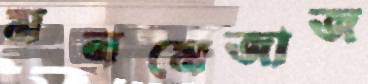
মনমেজাজ